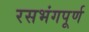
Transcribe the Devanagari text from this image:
रसभंगपूर्ण